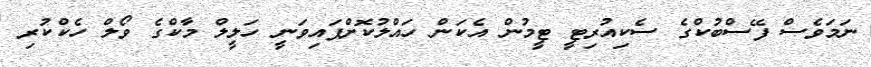
ނަމަވެސް ފޭސްބުކްގެ ސެކިއުރިޓީ ޓީމުން އެކަން ހައްލުކޮށްފައިވަނީ ހަލީލް މާކްގެ ވޯލް ހެކްކުރި